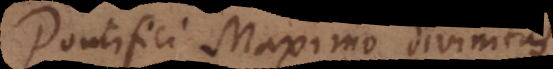
Pontifici Maximo divinitus